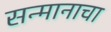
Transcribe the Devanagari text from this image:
सन्मानाचा